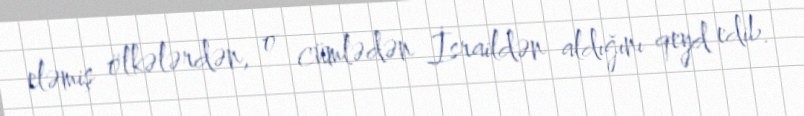
eləmiş ölkələrdən, o cümlədən İsraildən aldığını qeyd edib.